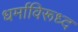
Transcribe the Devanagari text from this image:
धर्माविरूध्द